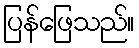
ပြန်ဖြေသည်။